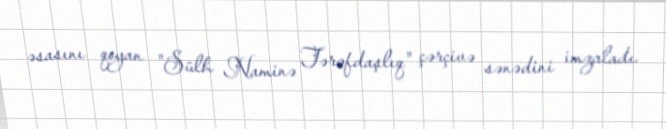
əsasını qoyan "Sülh Naminə Tərəfdaşlıq" çərçivə sənədini imzaladı.